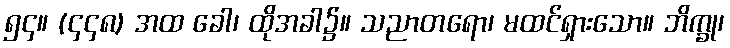
၅၄။ (၄၄၈) အထ ခေါ၊ ထိုအခါ၌။ သညာတရော၊ မထင်ရှားသော။ ဘိက္ခု၊